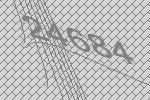
24684